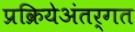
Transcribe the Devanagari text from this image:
प्रक्रियेअंतर्गत